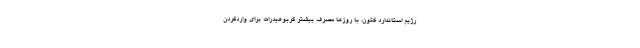
رژیم استاندارد کتون، با روزها مصرف بیشتر کربوهیدرات برای واردکردن